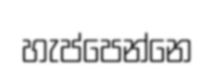
හැප්පෙන්නෙ